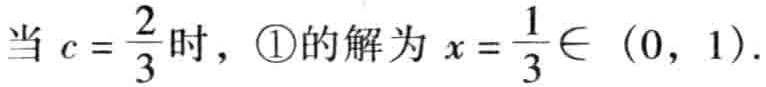
当 \(c = \frac{2}{3}\) 时，\textcircled{1}的解为 \(x = \frac{1}{3}\in (0, 1)\).